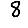
Digit: 8